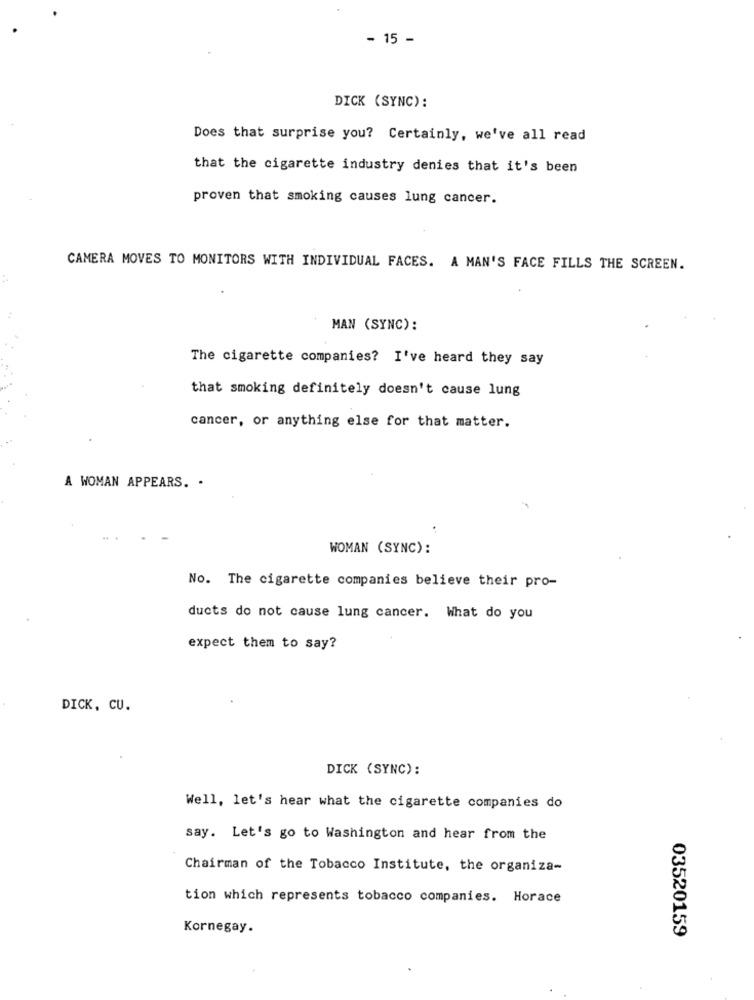
- 15 -
DICK (SYNC):
Does that surprise you? Certainly, we've all read
that the cigarette industry denies that it's been
proven that smoking causes lung cancer.
CAMERA MOVES TO MONITORS WITH INDIVIDUAL FACES. A MAN'S FACE FILLS THE SCREEN.
MAN (SYNC):
The cigarette companies? I've heard they say
that smoking definitely doesn't cause lung
cancer, or anything else for that matter.
A WOMAN APPEARS. .
..
WOMAN (SYNC):
No. The cigarette companies believe their pro-
ducts do not cause lung cancer. What do you
expect them to say?
DICK, CU.
DICK (SYNC):
Well, let's hear what the cigarette companies do
say. Let's go to Washington and hear from the
Chairman of the Tobacco Institute, the organiza-
tion which represents tobacco companies. Horace
Kornegay.
03520159